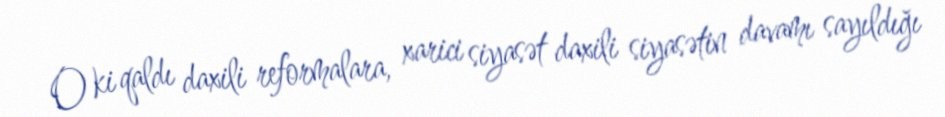
O ki qaldı daxili reformalara, xarici siyasət daxili siyasətin davamı sayıldığı